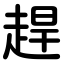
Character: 趕